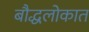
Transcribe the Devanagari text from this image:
बौद्धलोकात